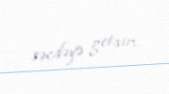
səcdəyə getsin.